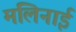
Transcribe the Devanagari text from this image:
मलिनाई